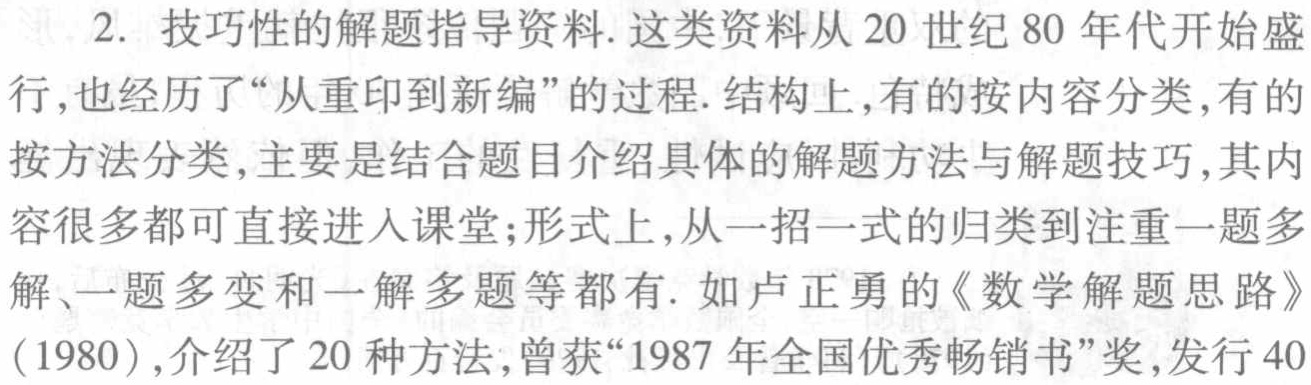
2. 技巧性的解题指导资料. 这类资料从 20 世纪 80 年代开始盛行,也经历了“从重印到新编”的过程. 结构上,有的按内容分类,有的按方法分类,主要是结合题目介绍具体的解题方法与解题技巧,其内容很多都可直接进入课堂;形式上,从一招一式的归类到注重一题多解、一题多变和一解多题等都有. 如卢正勇的《数学解题思路》(1980),介绍了 20 种方法,曾获“1987 年全国优秀畅销书”奖,发行 40